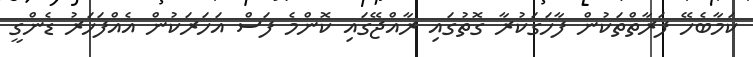
ކަމާބެހޭ ފަރާތްތަކުން ފާހަގަކުރާ ގޮތުގައި ރާއްޖޭގައި ކޮންމެ ފަސް އަހަރަކުން އެއްފަހަރު ޑެންގީ